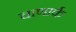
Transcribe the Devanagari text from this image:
चाणार्क